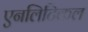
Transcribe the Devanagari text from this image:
एनलिटिकल